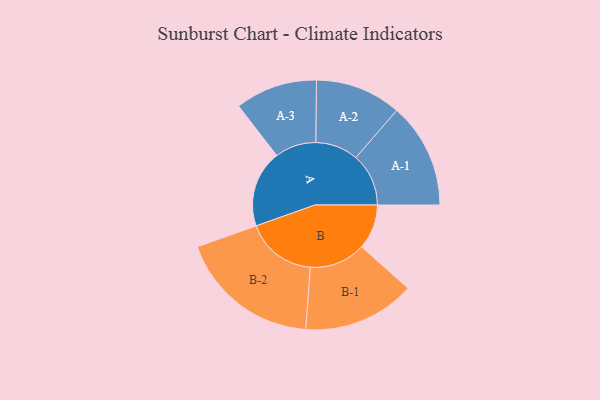
{"axis": {"x": "Segment", "y": "Value"}, "legend": ["", "A", "B"], "data": [{"x": "A", "y": 292, "type": ""}, {"x": "B", "y": 170, "type": ""}, {"x": "A-1", "y": 200, "type": "A"}, {"x": "A-2", "y": 163, "type": "A"}, {"x": "A-3", "y": 156, "type": "A"}, {"x": "B-1", "y": 213, "type": "B"}, {"x": "B-2", "y": 269, "type": "B"}]}